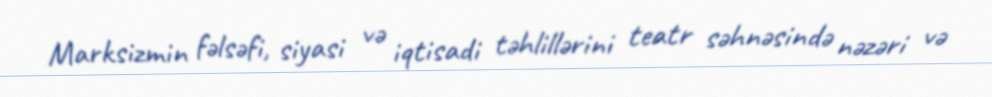
Marksizmin fəlsəfi, siyasi və iqtisadi təhlillərini teatr səhnəsində nəzəri və